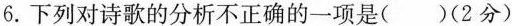
6.下列对诗歌的分析不正确的一项是()(2分)